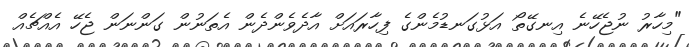
"މިހާރު ނުޖެހޭނެ އިނގޭތޯ އަޅުގަނޑުމެންގެ ފިހާރައަށް އާދެވެންދެން އެތަނުން ގަންނަން ޖެހޭ އެއްޗެއް